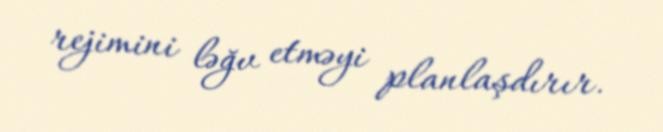
rejimini ləğv etməyi planlaşdırır.